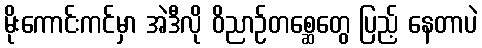
မိုးကောင်းကင်မှာ အဲဒီလို ဝိညာဉ်တစ္ဆေတွေ ပြည့် နေတာပဲ